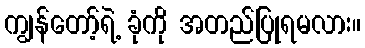
ကျွန်တော့်ရဲ့ ခုံကို အတည်ပြုရမလား။